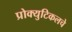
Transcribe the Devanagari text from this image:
प्रोक्युटिकलचे